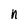
Character: n